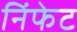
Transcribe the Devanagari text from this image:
निंफेट